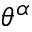
\theta ^ { \alpha }